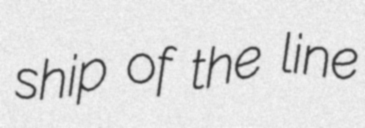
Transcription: ship of the line